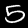
Digit: 5